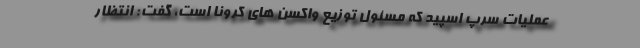
عملیات سرپ اسپید که مسئول توزیع واکسن های کرونا است، گفت: انتظار